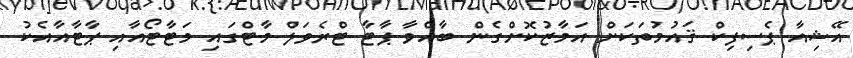
އޭޝިއާ ޕެސިފިކް ޤައުމުތަކަށް އަމާޒުކޮށްގެން ބާއްވާ ޕާޓާ ޓްރެވަލް މާޓްގައި މަޓާޓޯއާއި ޕާޓާއާއެކު